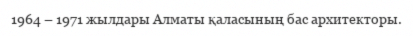
1964 – 1971 жылдары Алматы қаласының бас архитекторы.